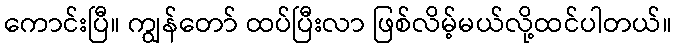
ကောင်းပြီ။ ကျွန်တော် ထပ်ပြီးလာ ဖြစ်လိမ့်မယ်လို့ထင်ပါတယ်။